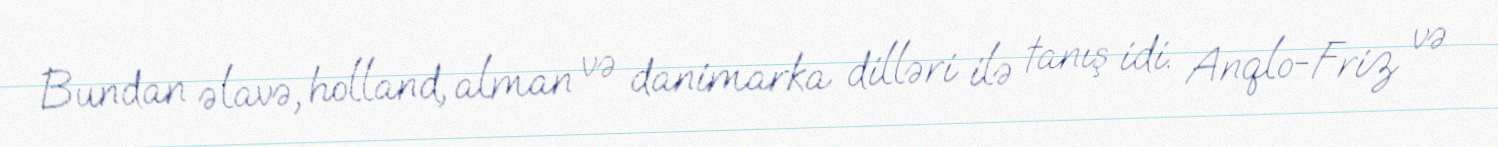
Bundan əlavə, holland, alman və danimarka dilləri ilə tanış idi. Anqlo-Friz və